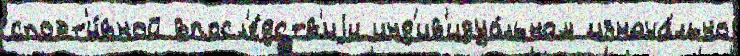
спорт'и́вной впосл'е́дств'иjи инд'ив'идуа́льном изнача́льно